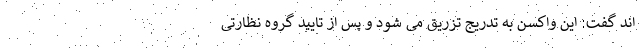
اند گفت: این واکسن به تدریج تزریق می شود و پس از تایید گروه نظارتی